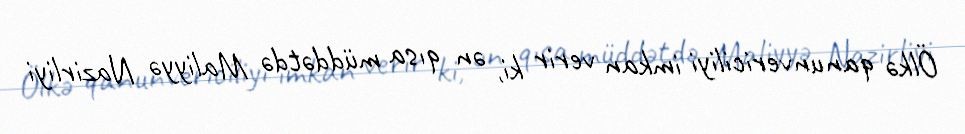
Ölkə qanunvericiliyi imkan verir ki, ən qısa müddətdə Maliyyə Nazirliyi